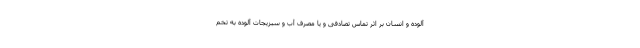
آلوده و انسان بر اثر تماس تصادفی و یا مصرف آب و سبزیجات آلوده به تخم